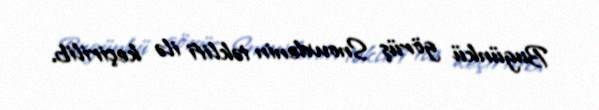
Bugünkü görüş Snowdenin təklifi ilə keçirilib.